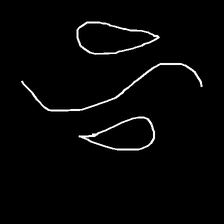
Glyph: water